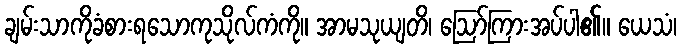
ချမ်းသာကိုခံစားရသောကုသိုလ်ကံကို။ အာမသုယျတိ၊ ဩော်ကြားအပ်ပါ၏။ ယေသံ၊